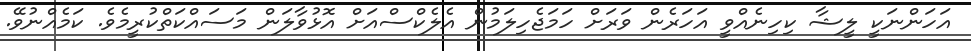
އަހަންނަކީ ލީޝާ ކިހިނެއްވީ އަހަރެން ވަރަށް ހަމަޖެހިލަމުން އެލެކްސްއަށް އޮޅުވާލަން މަސައްކަތްކުރީމެވެ. ކަމެއްނުވޭ.